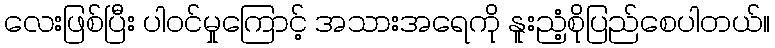
လေးဖြစ်ပြီး ပါဝင်မှုကြောင့် အသားအရေကို နူးညံ့စိုပြည်စေပါတယ်။